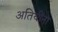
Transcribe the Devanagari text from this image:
अतिथींना